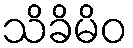
သိခိမိဝ